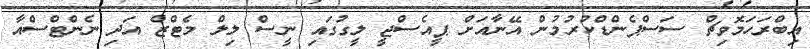
އިބްރަހަމޮވިޗް ސަސްޕެންޑްކުރުމުން އޭނާއަށް ޕީއެސްޖީ ލީގުގައި ނީސް ލިލް މެޓްޒް އަދި ނެންޓްސްއާ